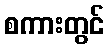
စကားတွင်